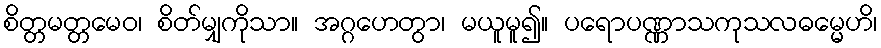
စိတ္တမတ္တမေဝ၊ စိတ်မျှကိုသာ။ အဂ္ဂဟေတွာ၊ မယူမူ၍။ ပရောပဏ္ဏာသကုသလဓမ္မေဟိ၊